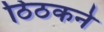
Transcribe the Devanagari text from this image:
ठिठकने